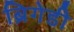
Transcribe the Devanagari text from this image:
ब्रिगेडी